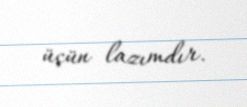
üçün lazımdır.